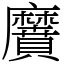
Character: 黂